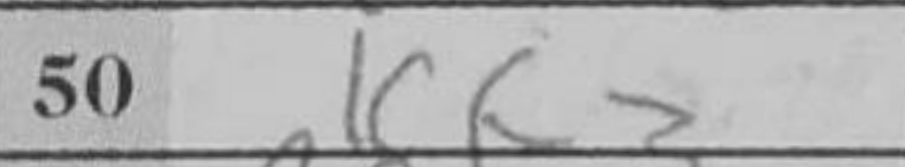
Transcription: Kh3